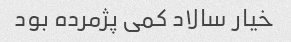
خیار سالاد کمی پژمرده بود